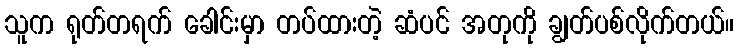
သူက ရုတ်တရက် ခေါင်းမှာ တပ်ထားတဲ့ ဆံပင် အတုကို ချွတ်ပစ်လိုက်တယ်။